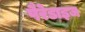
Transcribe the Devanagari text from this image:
पैरेडाइज